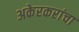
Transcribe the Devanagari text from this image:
अकेरकरांचा